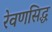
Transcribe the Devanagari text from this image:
रेवणसिद्ध